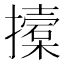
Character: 𢷌